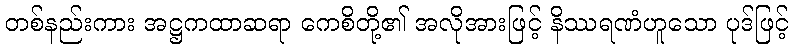
တစ်နည်းကား အဋ္ဌကထာဆရာ ကေစိတို့၏ အလိုအားဖြင့် နိဿရဏံဟူသော ပုဒ်ဖြင့်